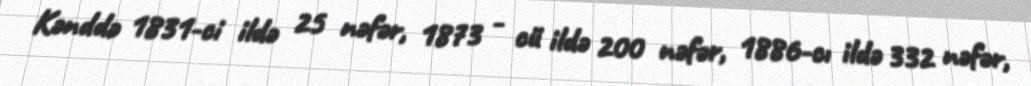
Kənddə 1831-ci ildə 25 nəfər, 1873 - cü ildə 200 nəfər, 1886-cı ildə 332 nəfər,